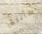
سأنزع